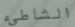
الشاطىء